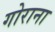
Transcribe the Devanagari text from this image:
गोराना